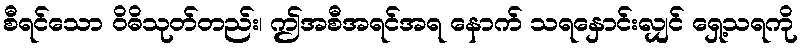
စီရင်သော ဝိဓိသုတ်တည်း၊ ဤအစီအရင်အရ နောက် သရနှောင်းလျှင် ရှေ့သရကို